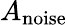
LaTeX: A_{\textrm{noise}}